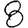
Digit: 8